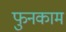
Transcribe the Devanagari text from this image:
फुनकाम